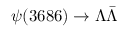
\psi ( 3 6 8 6 ) \to \Lambda \bar { \Lambda }